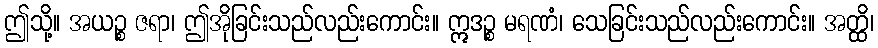
ဤသို့။ အယဉ္စ ဇရာ၊ ဤအိုခြင်းသည်လည်းကောင်း။ ဣဒဉ္စ မရဏံ၊ သေခြင်းသည်လည်းကောင်း။ အတ္ထိ၊